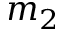
m _ { 2 }